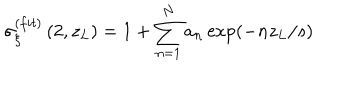
\sigma _ { \xi } ^ { ( f i t ) } \left( 2 , z _ { L } \right) = 1 + \sum _ { n = 1 } ^ { N } a _ { n } \exp \left( - n z _ { L } / s \right)